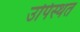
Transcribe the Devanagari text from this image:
उपिस्थत